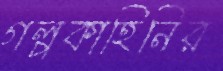
গল্পকাহিনির